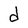
Character: d